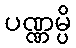
ပဏ္ဏမ္ပိ